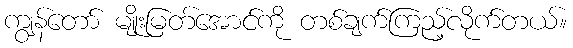
ကျွန်တော် မျိုးမြတ်အောင်ကို တစ်ချက်ကြည့်လိုက်တယ်။